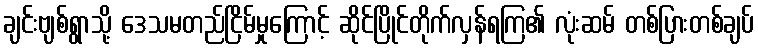
ချင်းဗျစ်ရွာသို့ ဒေသမတည်ငြိမ်မှုကြောင့် ဆိုင်ပြိုင်တိုက်လှန်ရကြ၏ လုံးဆမ် တစ်ပြားတစ်ချပ်